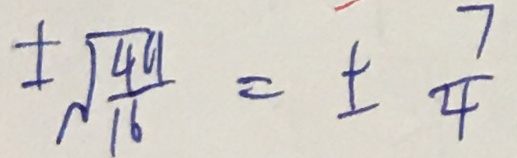
\pm \sqrt { \frac { 4 9 } { 1 6 } } = \pm \frac { 7 } { 4 }